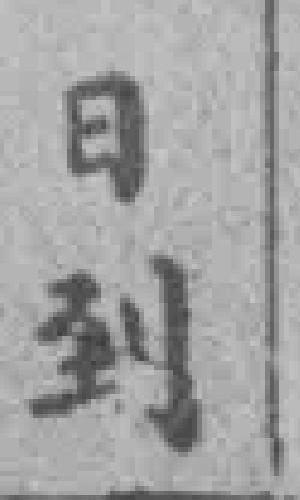
日到